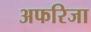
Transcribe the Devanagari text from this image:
अफरिजा